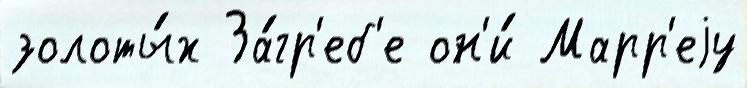
золоты́х За́гр'еб'е он'и́ Марр'еjу